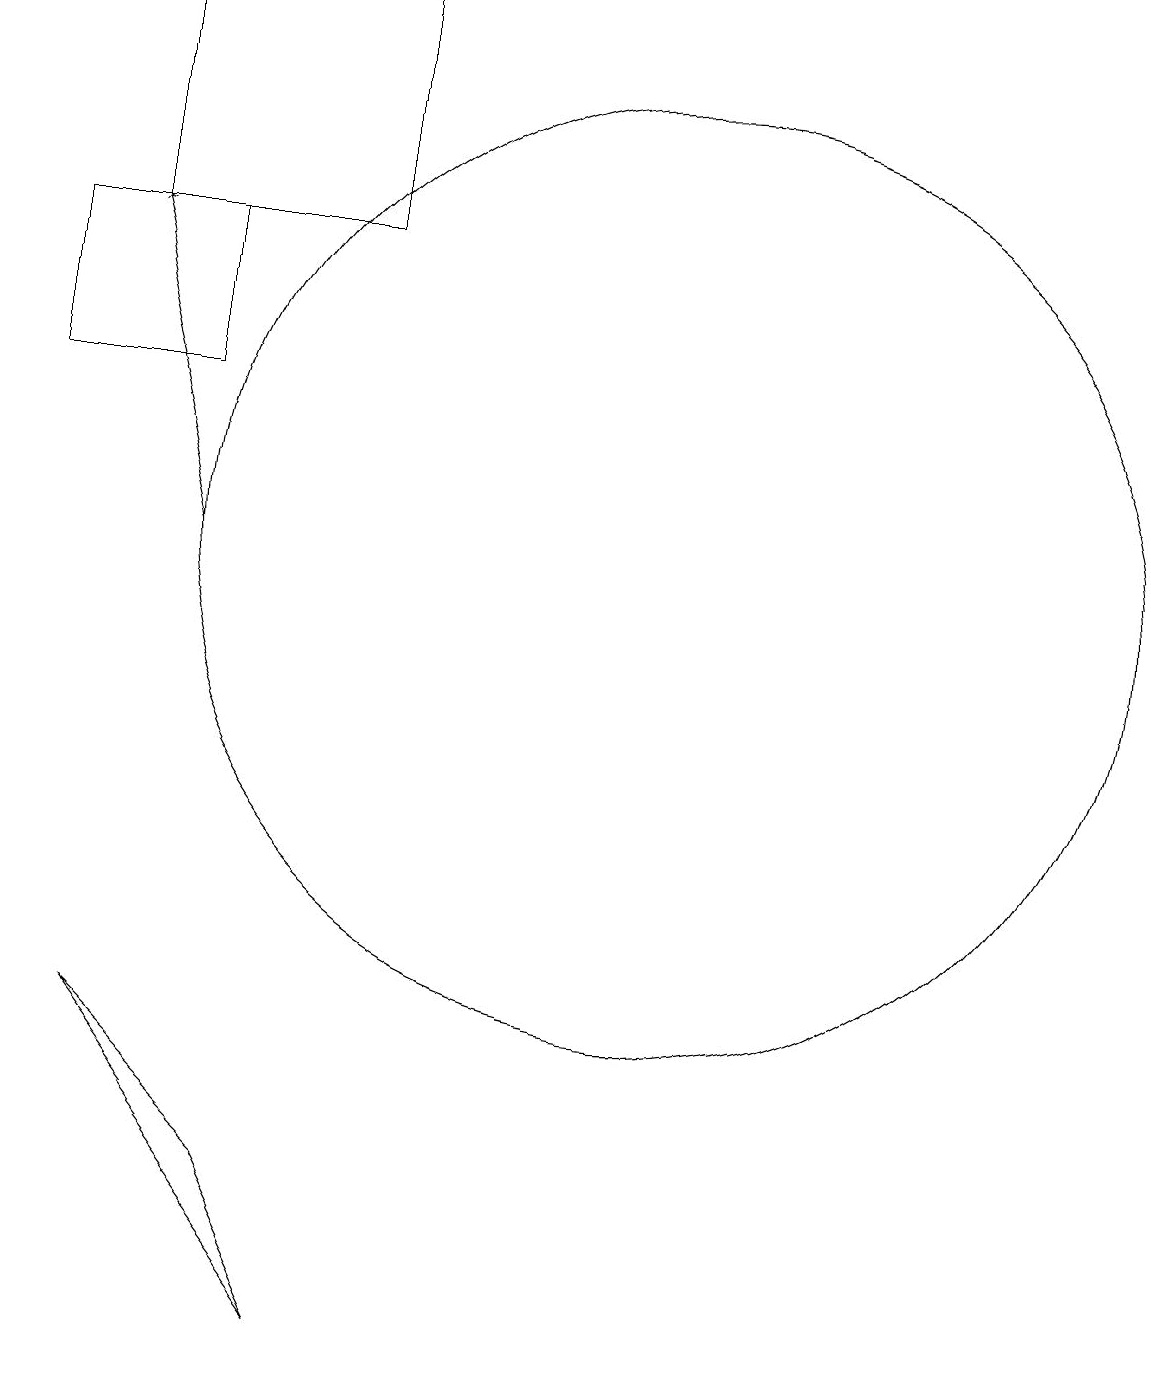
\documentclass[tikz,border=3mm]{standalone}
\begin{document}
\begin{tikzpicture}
\draw (3,19) rectangle (6,16);
\draw (5,4) -- (3,6) -- (6,2) -- cycle;
\draw[->] (4,12) -- (3,16);
\draw (10,12) circle (6);
\draw (4,16) rectangle (2,14);
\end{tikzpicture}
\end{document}